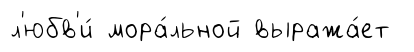
л'юбв'и́ мора́льной выража́ет